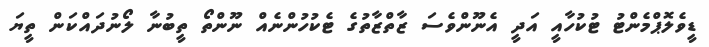
ޑީވެލޮޕްމެންޓު ޓުކުހާއީ އަދީ އެނޫންވެސަ ޒާތްޒާތުގެ ޓެކުހުންނެއް ނޫންތޯ ތީބުނާ ލޯނުދައްކަން ތީޔަ